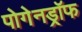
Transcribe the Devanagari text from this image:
पोगेनड्रॉफ